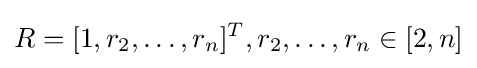
R=[1,r_{2},\dots ,r_{n}]^{T},r_{2},\dots ,r_{n}\in [2,n]